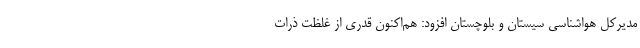
مدیرکل هواشناسی سیستان و بلوچستان افزود: هم‌اکنون قدری از غلظت ذرات